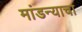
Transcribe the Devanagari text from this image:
मांडन्याचा